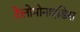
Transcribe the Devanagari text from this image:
टेलोमोनाइडिस